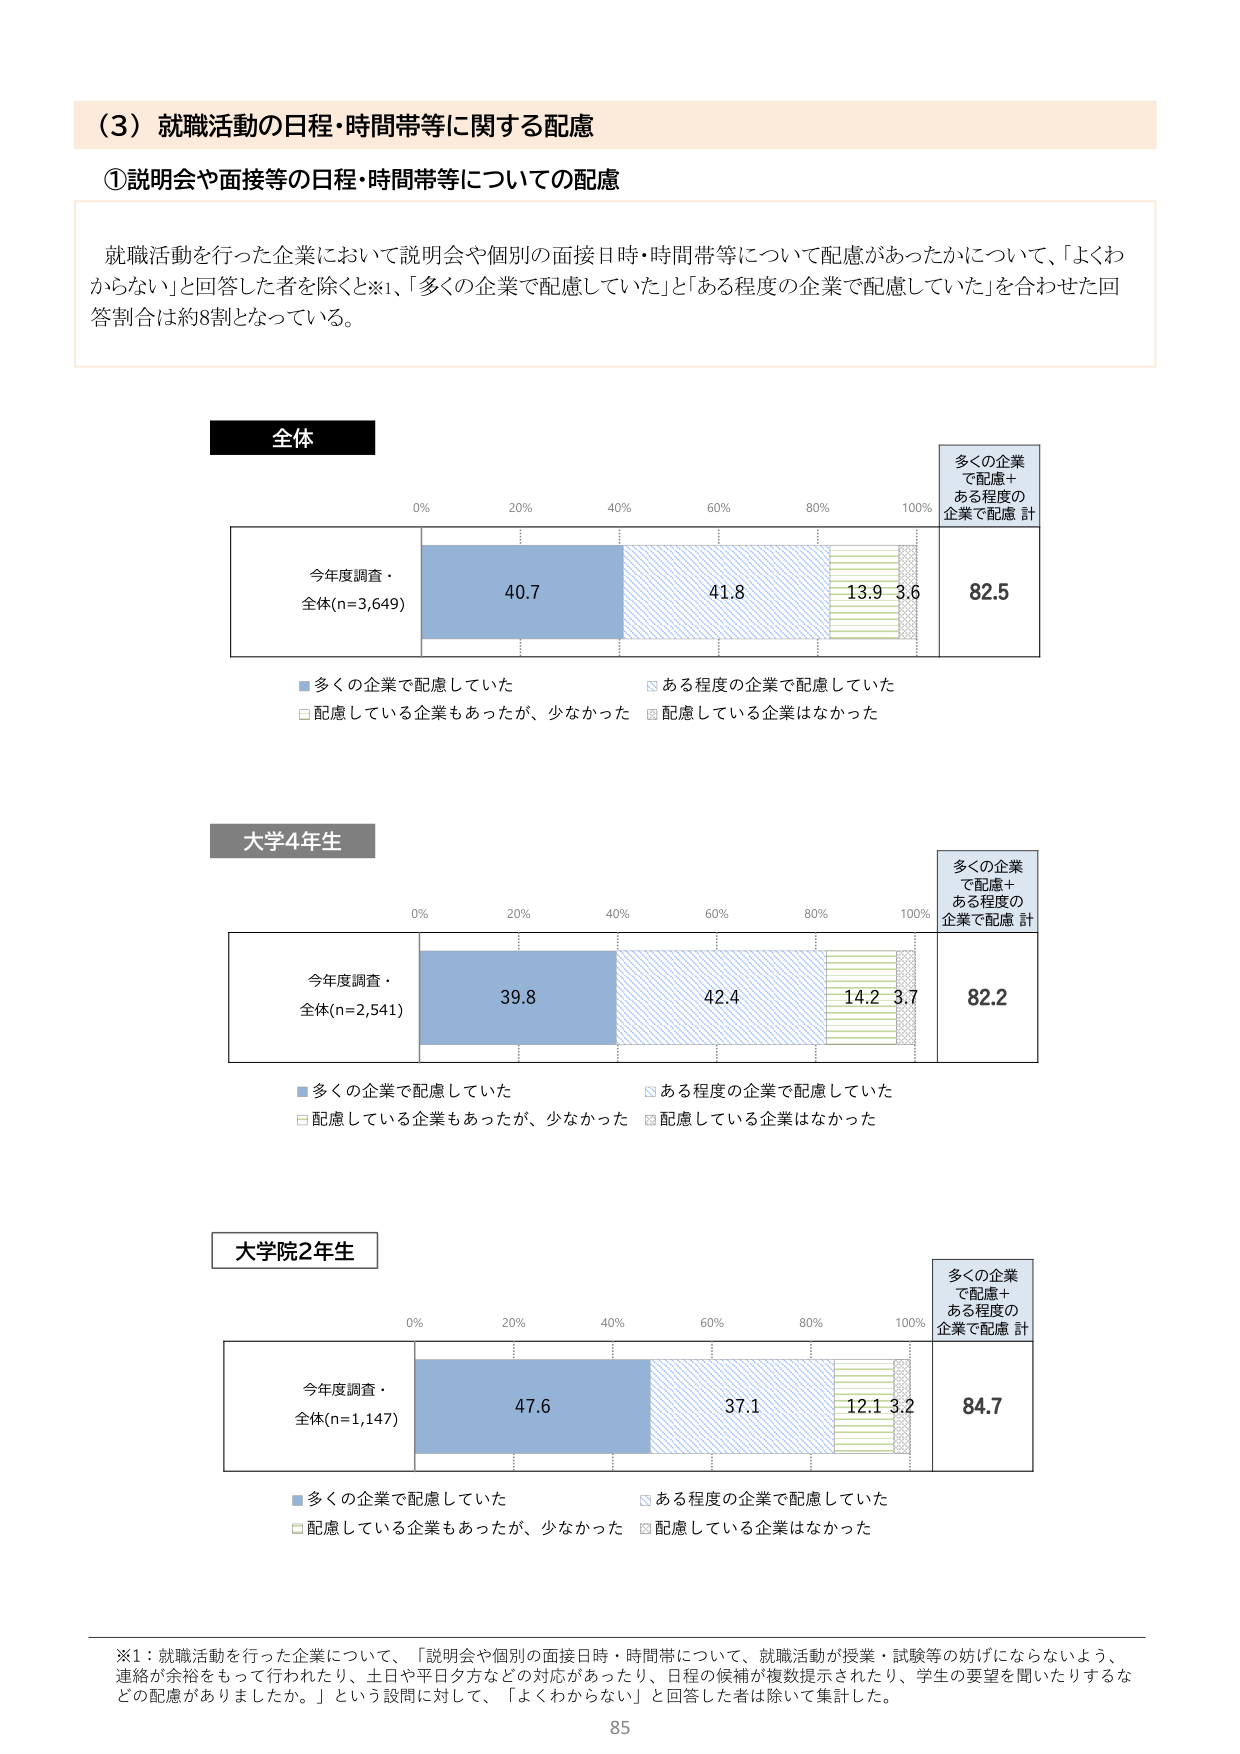
（3）就職活動の日程・時間帯等に関する配慮

①説明会や面接等の日程・時間帯等についての配慮

就職活動を行った企業において説明会や個別の面接日時・時間帯等について配慮があったかについて、「よくわからない」と回答した者を除くと※1、「多くの企業で配慮していた」と「ある程度の企業で配慮していた」を合わせた回答割合は約8割となっている。

全体

今年度調査・全体(n=3,649)
40.7　41.8　13.9　3.6　82.5

多くの企業で配慮＋ある程度の企業で配慮 計

■多くの企業で配慮していた
□ある程度の企業で配慮していた
□配慮している企業もあったが、少なかった
□配慮している企業はなかった

大学4年生

今年度調査・全体(n=2,541)
39.8　42.4　14.2　3.7　82.2

多くの企業で配慮＋ある程度の企業で配慮 計

■多くの企業で配慮していた
□ある程度の企業で配慮していた
□配慮している企業もあったが、少なかった
□配慮している企業はなかった

大学院2年生

今年度調査・全体(n=1,147)
47.6　37.1　12.1　3.2　84.7

多くの企業で配慮＋ある程度の企業で配慮 計

■多くの企業で配慮していた
□ある程度の企業で配慮していた
□配慮している企業もあったが、少なかった
□配慮している企業はなかった

※1：就職活動を行った企業について、「説明会や個別の面接日時・時間帯について、就職活動が授業・試験等の妨げにならないよう、連絡が余裕をもって行われたり、土日や平日夕方などの対応があったり、日程の候補が複数提示されたり、学生の要望を聞いたりするなどの配慮がありましたか。」という設問に対して、「よくわからない」と回答した者は除いて集計した。

85